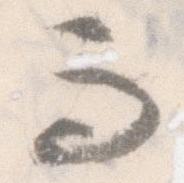
而